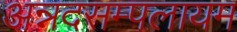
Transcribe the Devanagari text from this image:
अन्नदसम्पलायम